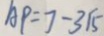
A P = 7 - 3 \sqrt { 5 }